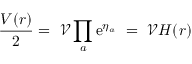
\frac { V ( r ) } { 2 } = \ \mathcal { V } \prod _ { a } \mathrm { e } ^ { \eta _ { a } } \ = \ \mathcal { V } H ( r )